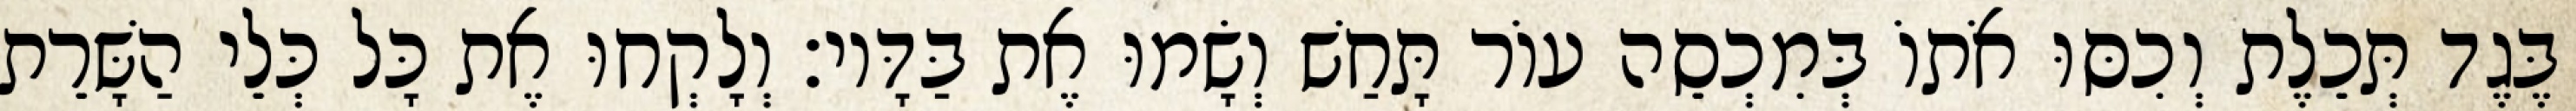
בֶּגֶד תְּכֵלֶת וְכִסּוּ אֹתוֹ בְּמִכְסֵה עוֹר תָּחַשׁ וְשָׂמוּ אֶת בַּדָּיו׃ וְלָקְחוּ אֶת כָּל כְּלֵי הַשָּׁרֵת